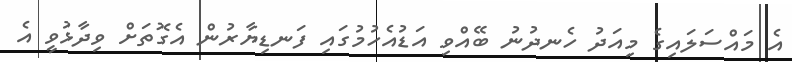
އެ މައްސަލައިގެ މިއަދު ހެނދުނު ބޭއްވި އަޑުއެހުމުގައި ފަނޑިޔާރުން އެގޮތަށް ވިދާޅުވީ އެ